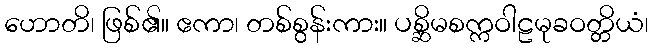
ဟောတိ၊ ဖြစ်၏။ ဧကာ၊ တစ်စွန်းကား။ ပစ္ဆိမစက္ကဝါဠမုခဝတ္တိယံ၊